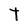
Character: T